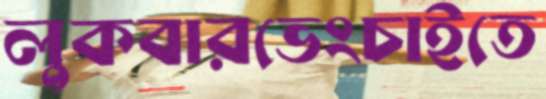
লুকবারভেংচাইতে